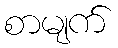
စာမျက်